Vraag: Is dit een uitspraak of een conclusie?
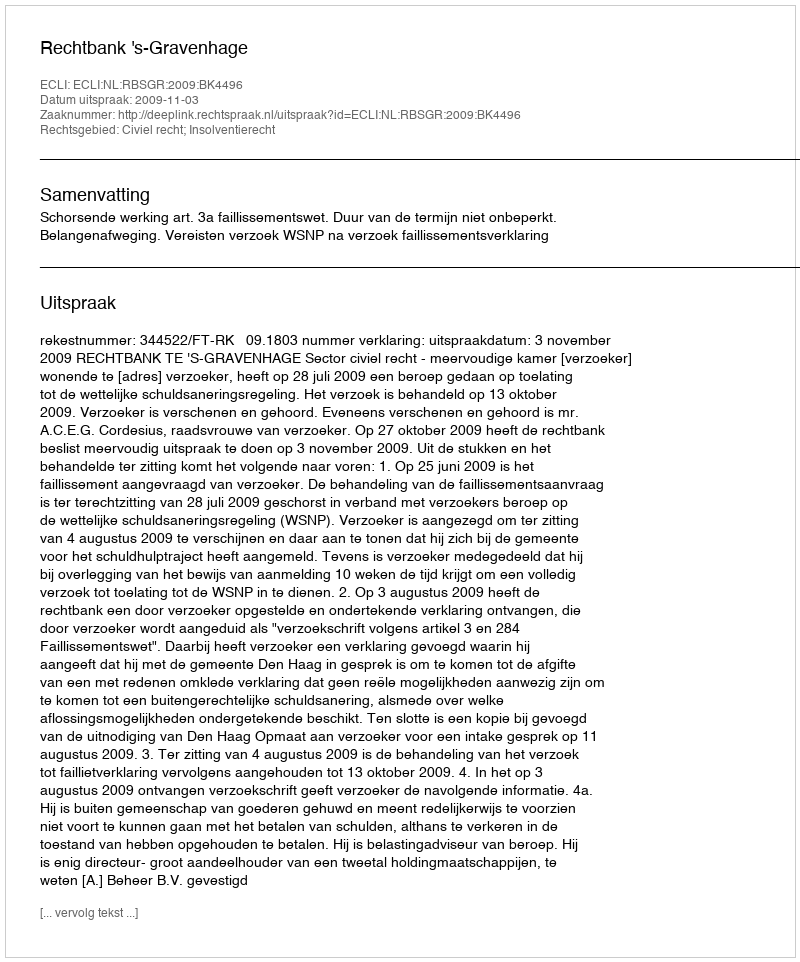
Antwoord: Uitspraak